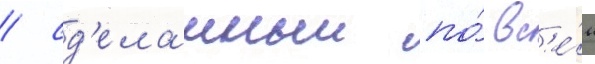
/ сд'еланныи по́ вс'е́м